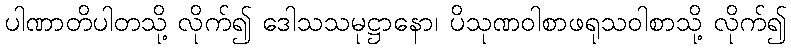
ပါဏာတိပါတသို့ လိုက်၍ ဒေါသသမုဋ္ဌာနော၊ ပိသုဏဝါစာဖရုသဝါစာသို့ လိုက်၍